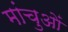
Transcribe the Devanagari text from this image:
मांचुओं